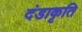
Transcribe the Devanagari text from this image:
दंडाकृति